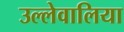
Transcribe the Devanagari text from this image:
उल्लेवालिया